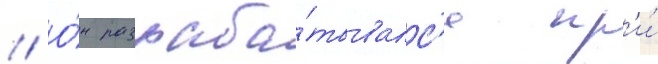
// О́н разраба́тывалс'я пр'и́